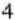
4